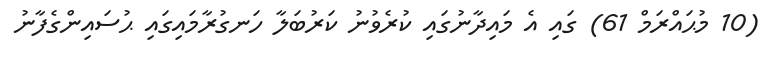
(10 މުޙައްރަމް 61) ގައި އެ މައިދާނުގައި ކުރެވުނު ކަރުބަލާ ހަނގުރާމައިގައި ޙުސައިންގެފާނު